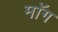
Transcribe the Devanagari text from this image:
माॅग